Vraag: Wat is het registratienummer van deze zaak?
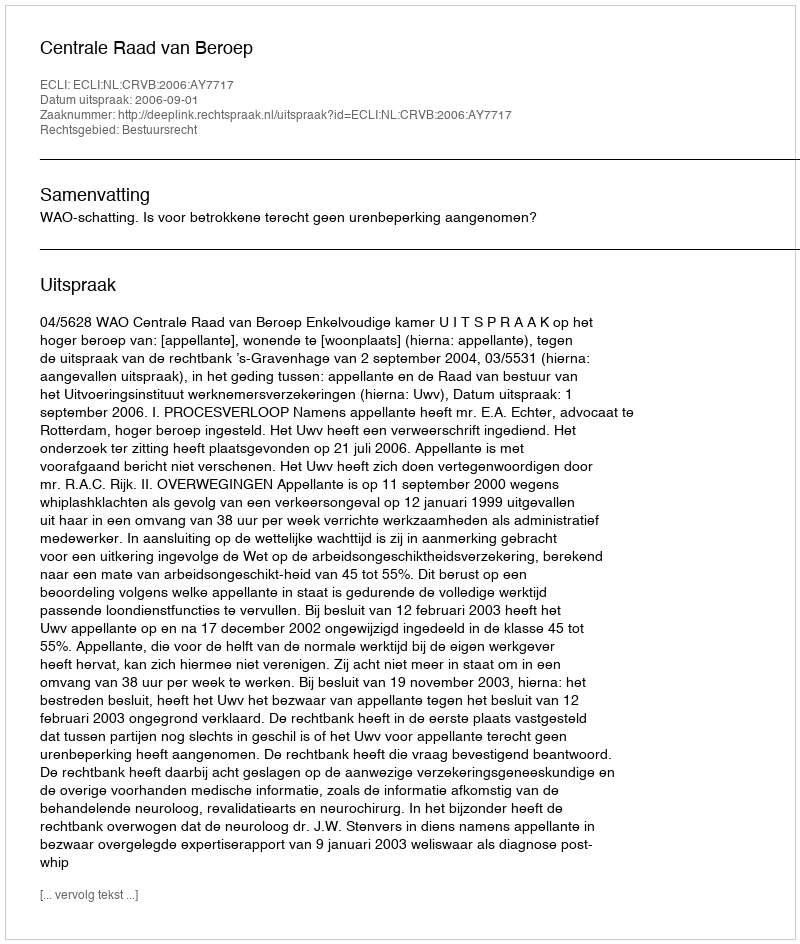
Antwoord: http://deeplink.rechtspraak.nl/uitspraak?id=ECLI:NL:CRVB:2006:AY7717